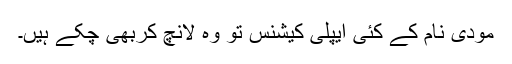
مودی نام کے کئی ایپلی کیشنس تو وہ لانچ کربھی چکے ہیں۔